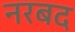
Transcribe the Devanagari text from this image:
नरबद